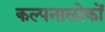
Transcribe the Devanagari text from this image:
कल्पनालोकों